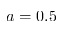
a = 0 . 5